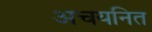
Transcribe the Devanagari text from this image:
अचयनित